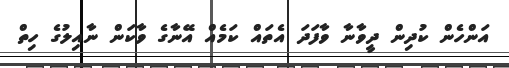
އަންހެން ކުދިން ދީވާނާ ވާފަދަ އެތައް ކަމެއް އޭނާގެ ވާކަން ނާއިލުގެ ހިތް